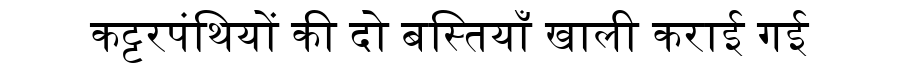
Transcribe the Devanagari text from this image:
कट्टरपंथियों की दो बस्तियाँ खाली कराई गई